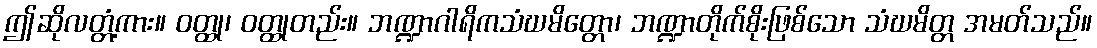
ဤဆိုလတ္တံ့ကား။ ဝတ္ထု၊ ဝတ္ထုတည်း။ ဘဏ္ဍာဂါရိကသံဃမိတ္တော၊ ဘဏ္ဍာတိုက်စိုးဖြစ်သော သံဃမိတ္တ အမတ်သည်။